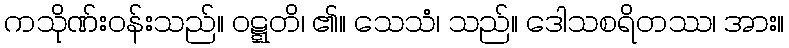
ကသိုဏ်းဝန်းသည်။ ဝဋ္ဋတိ၊ ၏။ သေသံ၊ သည်။ ဒေါသစရိတဿ၊ အား။